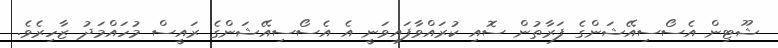
ޝޫޓިން އެސޯސިއޭޝަންގެ ފަރާތުން ސޮއި ކުރައްވާފައިވަނީ އެ އެސޯސިއޭޝަންގެ ރައީސް މުހައްމަދު ޒާހިރެވެ.